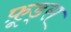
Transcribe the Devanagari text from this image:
फ़ूड्स